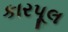
કારપૂલ